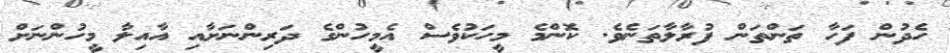
ހެދުން ފަހާ ތަންތަން ފުރާލާތަނެވެ. ކޮންމެ މީހަކުވެސް އެމީހުންގެ ދަރިންނަށާއި އާއިލާ މީހުންނަށް